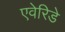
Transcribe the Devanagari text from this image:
एवेरिडे